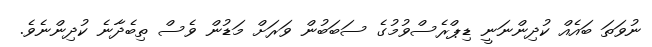
ނުވަތަ ބައެއް ކުދިންނަނީ ޑިޕްރެސްވުމުގެ ސަބަބުން ވަރަށް މަޑުން ވެސް ތިބެދާނެ ކުދިންނެވެ.